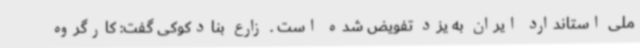
ملی استاندارد ایران به یزد تفویض شده است . زارع بنادکوکی گفت: کارگروه